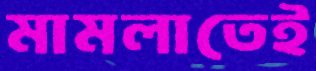
মামলাতেই